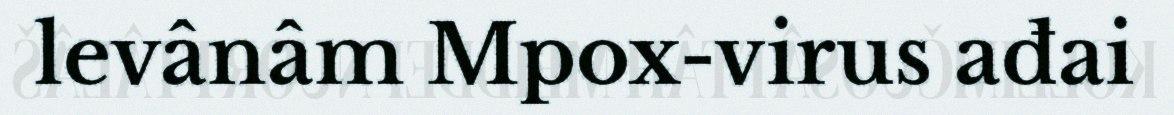
levânâm Mpox-virus ađai